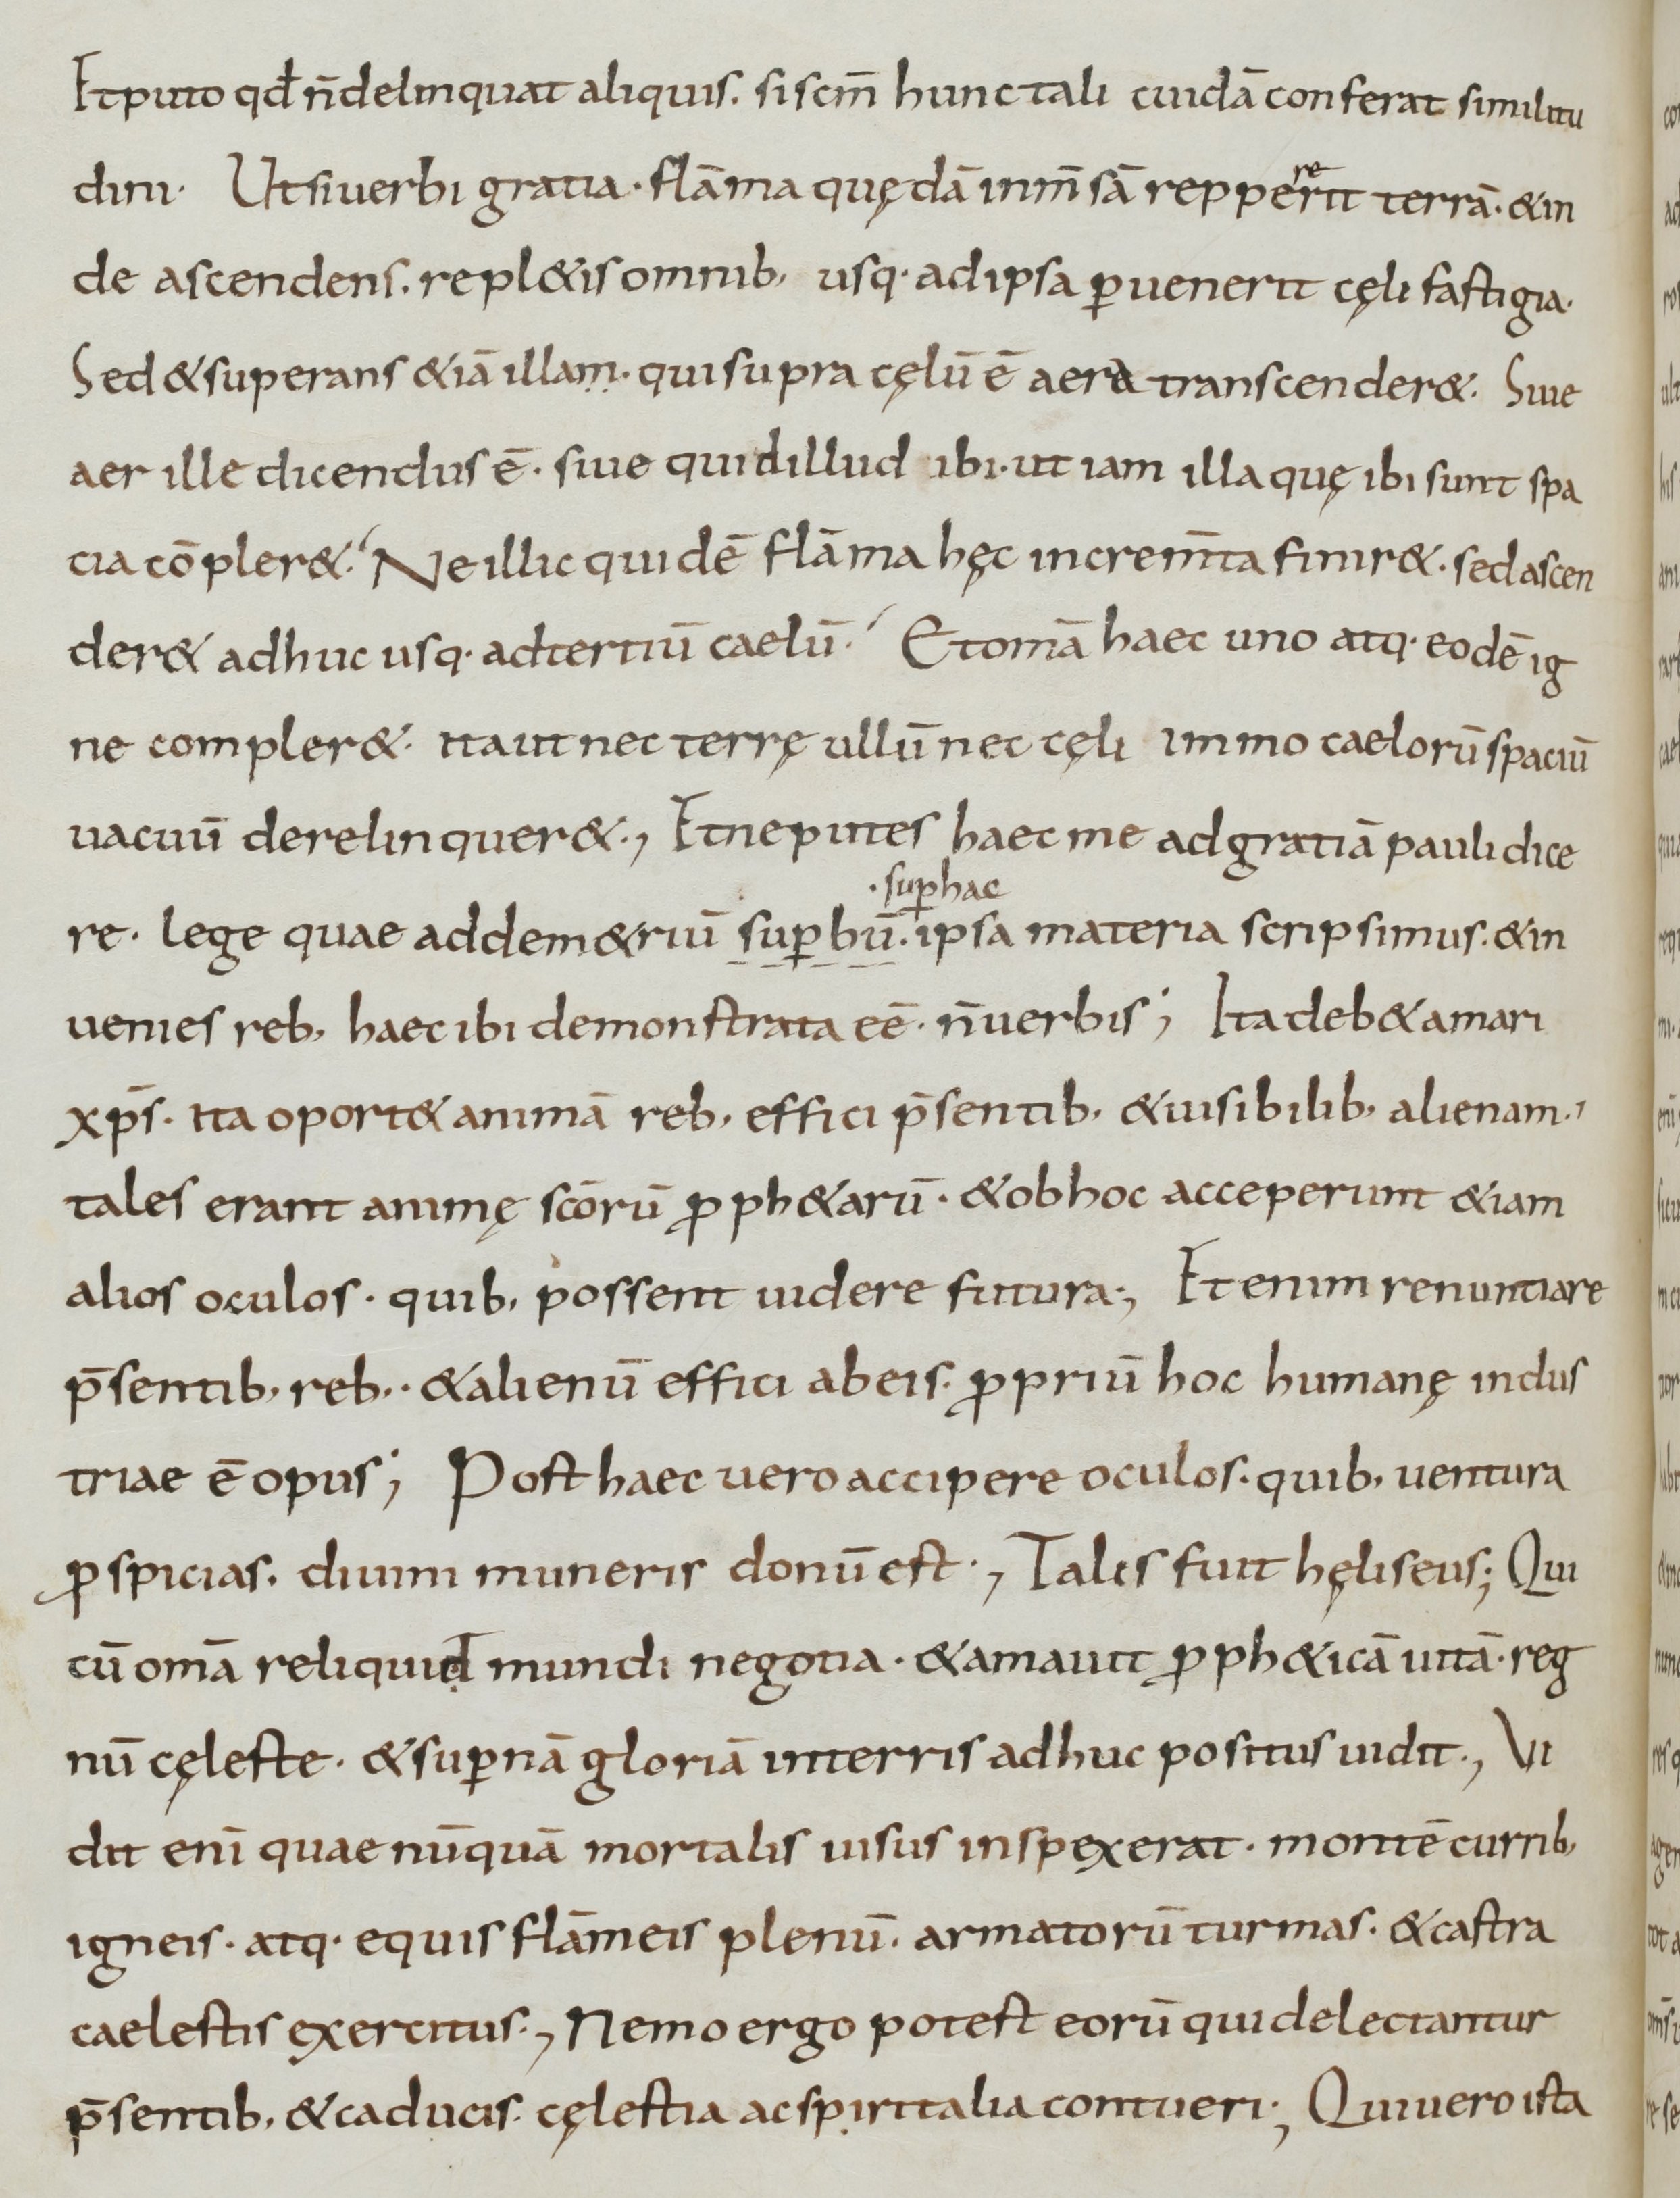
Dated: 800–899